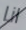
انا